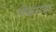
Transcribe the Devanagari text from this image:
त्रिक्षारक